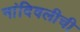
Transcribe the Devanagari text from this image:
नांदिवलीची